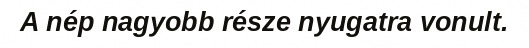
A nép nagyobb része nyugatra vonult.